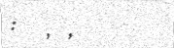
: